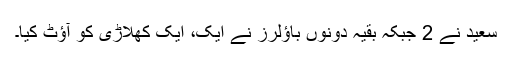
سعید نے 2 جبکہ بقیہ دونوں باؤلرز نے ایک، ایک کھلاڑی کو آؤٹ کیا۔